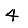
Digit: 4